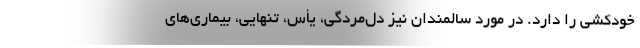
خودکشی را دارد. در مورد سالمندان نیز دل‌مردگی، یأس، تنهایی، بیماری‌های